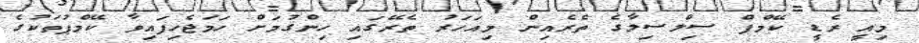
މިއީ ރެޑީ ކޭމްޕް ސިލްސިލާގެ ތެރެއިން މިއަހަރު ތެރޭގައި ހިންގުމަށް ހަމަޖެހިފައިވާ ކޭމްޕުތަކުގެ